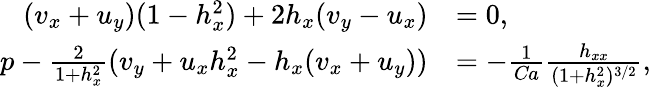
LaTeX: \begin{array}{rl}{(v_{x}+u_{y})(1-h_{x}^{2})+2h_{x}(v_{y}-u_{x})}&{=0,}\\ {p-\frac{2}{1+h_{x}^{2}}(v_{y}+u_{x}h_{x}^{2}-h_{x}(v_{x}+u_{y}))}&{=-\frac{1}{\mathrm{\textit{Ca}}}\frac{h_{xx}}{(1+h_{x}^{2})^{3/2}},}\end{array}